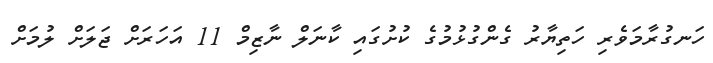
ހަނގުރާމަވެރި ހަތިޔާރު ގެންގުޅުމުގެ ކުށުގައި ކާނަލް ނާޒިމް 11 އަހަރަށް ޖަލަށް ލުމަށް